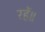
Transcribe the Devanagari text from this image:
रहें॥